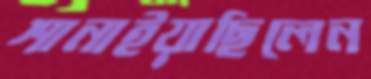
শানাইয়াছিলেন